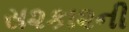
સ૨કા૨ની